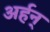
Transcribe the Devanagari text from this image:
अर्हन्